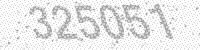
Solution: 325051